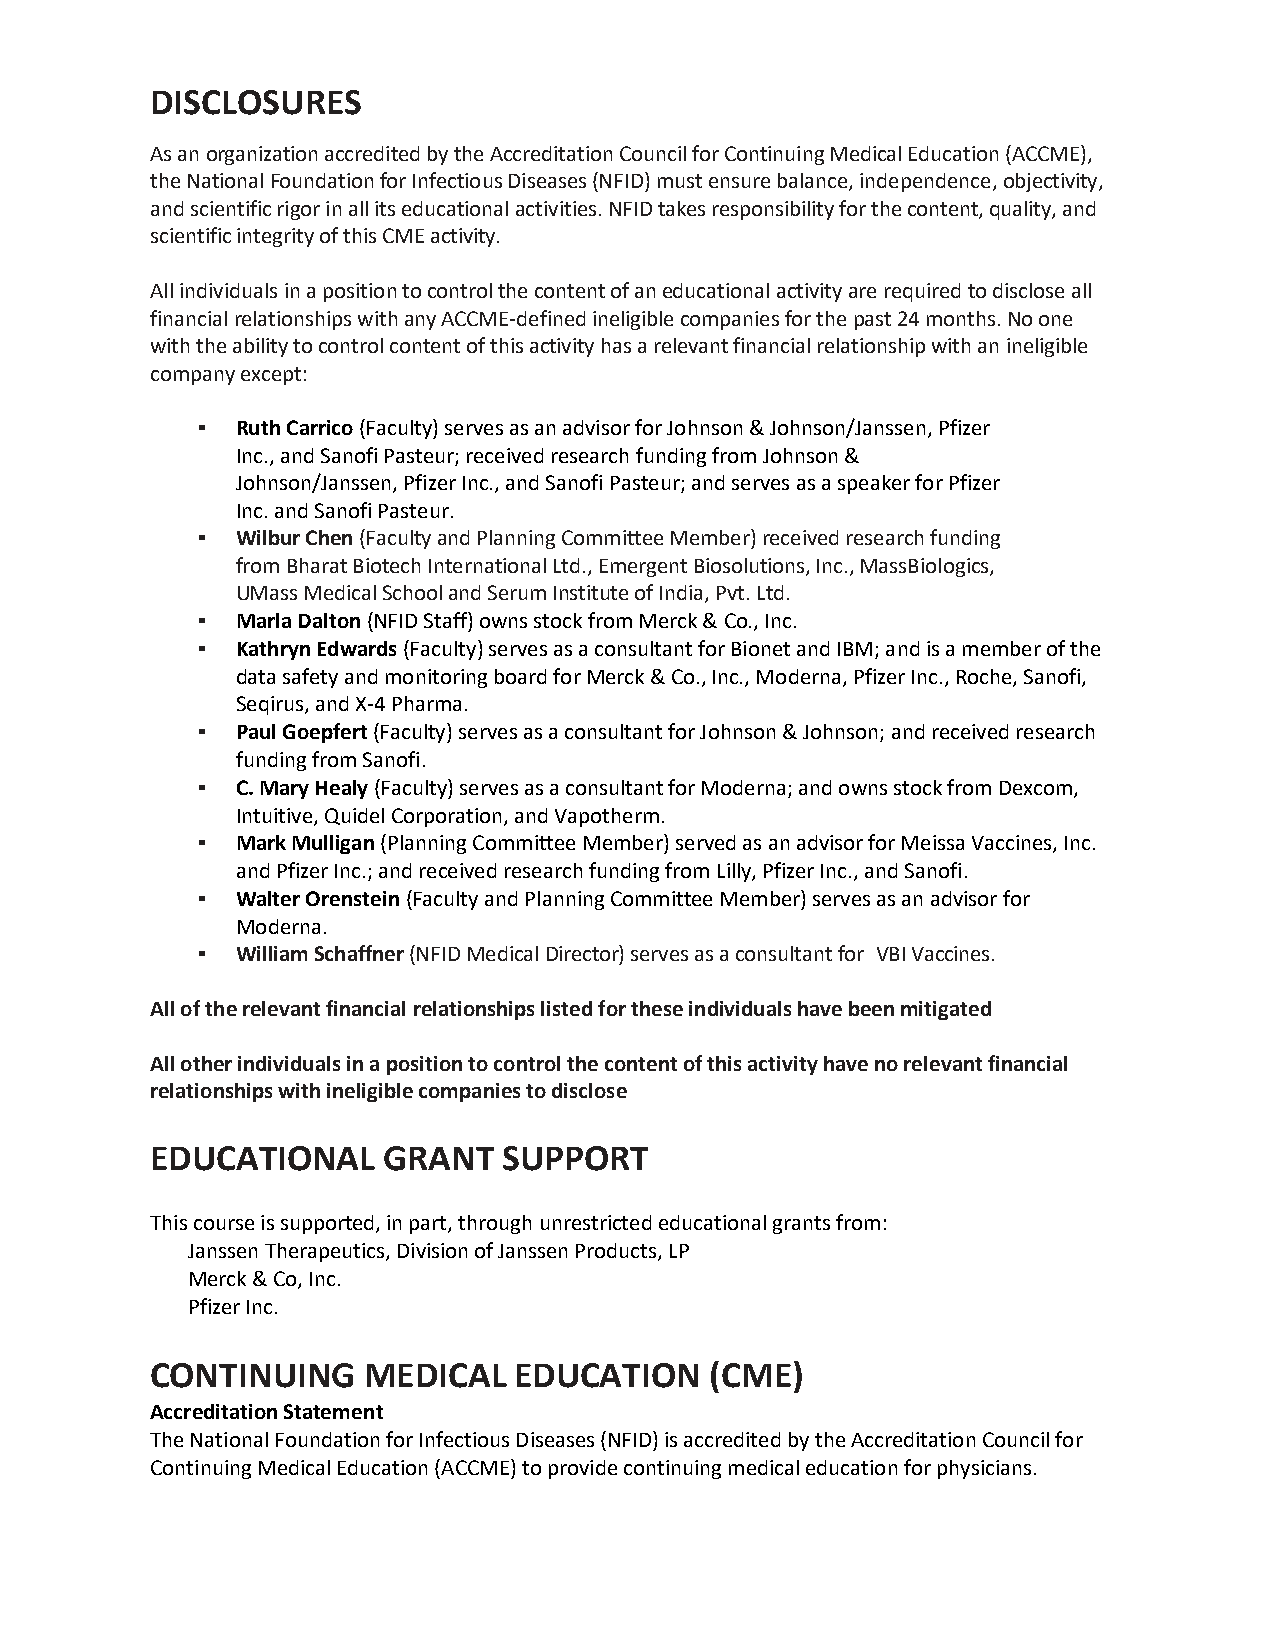
DISCLOSURES
 As an organization accredited by the Accreditation Council for Continuing Medical Education (ACCME),
 the National Foundation for Infectious Diseases (NFID) must ensure balance, independence, objectivity,
 and scientific rigor in all its educational activities. NFID takes responsibility for the content, quality, and
 scientific integrity of this CME activity.
 All individuals in a position to control the content of an educational activity are required to disclose all
 financial relationships with any ACCME‐defined ineligible companies for the past 24 months. No one
 with the ability to control content of this activity has a relevant financial relationship with an ineligible
 company except:
 ▪  Ruth Carrico (Faculty) serves as an advisor for Johnson & Johnson/Janssen, Pfizer
 Inc., and Sanofi Pasteur; received research funding from Johnson &
 Johnson/Janssen, Pfizer Inc., and Sanofi Pasteur; and serves as a speaker for Pfizer
 Inc. and Sanofi Pasteur.
 ▪  Wilbur Chen (Faculty and Planning Committee Member) received research funding
 from Bharat Biotech International Ltd., Emergent Biosolutions, Inc., MassBiologics,
 UMass Medical School and Serum Institute of India, Pvt. Ltd.
 ▪  Marla Dalton (NFID Staff) owns stock from Merck & Co., Inc.
 ▪  Kathryn Edwards (Faculty) serves as a consultant for Bionet and IBM; and is a member of the
 data safety and monitoring board for Merck & Co., Inc., Moderna, Pfizer Inc., Roche, Sanofi,
 Seqirus, and X-4 Pharma.
 ▪  Paul Goepfert (Faculty) serves as a consultant for Johnson & Johnson; and received research
 funding from Sanofi.
 ▪  C. Mary Healy (Faculty) serves as a consultant for Moderna; and owns stock from Dexcom,
 Intuitive, Quidel Corporation, and Vapotherm.
 ▪  Mark Mulligan (Planning Committee Member) served as an advisor for Meissa Vaccines, Inc.
 and Pfizer Inc.; and received research funding from Lilly, Pfizer Inc., and Sanofi.
 ▪  Walter Orenstein (Faculty and Planning Committee Member) serves as an advisor for
 Moderna.
 ▪  William Schaffner (NFID Medical Director) serves as a consultant for VBI Vaccines.
 All of the relevant financial relationships listed for these individuals have been mitigated
 All other individuals in a position to control the content of this activity have no relevant financial
 relationships with ineligible companies to disclose
 EDUCATIONAL    GRANT   SUPPORT
 This course is supported, in part, through unrestricted educational grants from:
 Janssen Therapeutics, Division of Janssen Products, LP
 Merck & Co, Inc.
 Pfizer Inc.
 CONTINUING    MEDICAL   EDUCATION    (CME)
 Accreditation Statement
 The National Foundation for Infectious Diseases (NFID) is accredited by the Accreditation Council for
 Continuing Medical Education (ACCME) to provide continuing medical education for physicians.